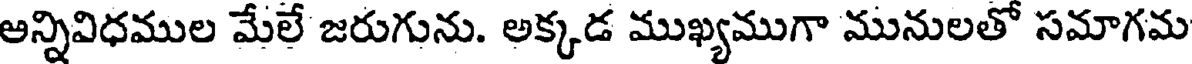
అన్నివిధముల మేలే జరుగును. అక్కడ ముఖ్యముగా మునులతో సమాగమ